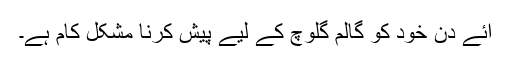
آئے دن خود کو گالم گلوچ کے لیے پیش کرنا مشکل کام ہے۔